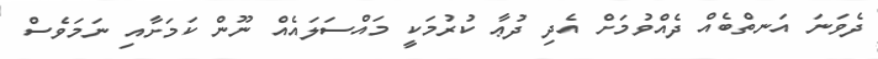
ދެވަނަ އަނތްބެއް ދެއްވުމަށް އެދި ދުޢާ ކުރުމަކީ މައްސަލައެއް ނޫން ކަމަށާއި ނަމަވެސް